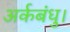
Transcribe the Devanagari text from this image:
अर्कबंधु।